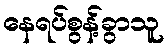
နေရပ်စွန့်ခွာသူ